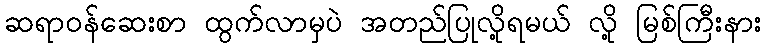
ဆရာဝန်ဆေးစာ ထွက်လာမှပဲ အတည်ပြုလို့ရမယ် လို့ မြစ်ကြီးနား